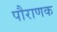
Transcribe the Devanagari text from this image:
पौराणक